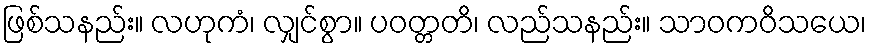
ဖြစ်သနည်း။ လဟုကံ၊ လျှင်စွာ။ ပဝတ္တတိ၊ လည်သနည်း။ သာဝကဝိသယေ၊